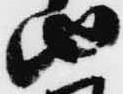
由